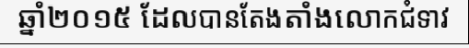
ឆ្នាំ២០១៥ ដែលបានតែងតាំងលោកជំទាវ